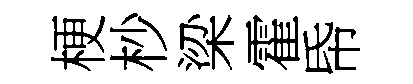
梗杪梁霍帋